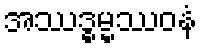
အဿဒ္ဓမ္မဿဝနံ